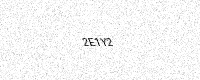
Text: 2E1Y2